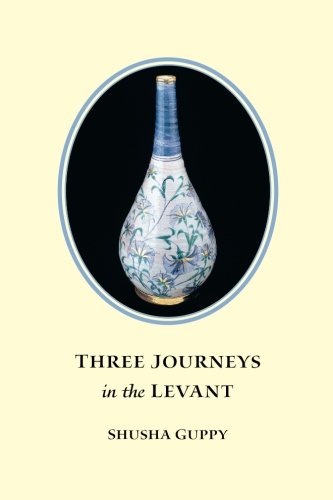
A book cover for Three Journeys in the Levant; Shusha Guppy; Travel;